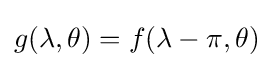
g(\lambda ,\theta )=f(\lambda -\pi ,\theta )